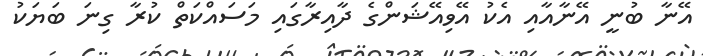
އޭނާ ބުނީ އޭނާއާއި އެކު އޭވިއޭޝަންގެ ދާއިރާގައި މަސައްކަތް ކުރާ ގިނަ ބަޔަކު